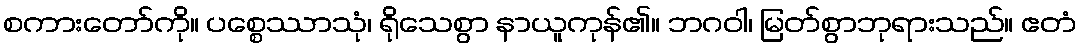
စကားတော်ကို။ ပစ္စေဿာသုံ၊ ရိုသေစွာ နာယူကုန်၏။ ဘဂဝါ၊ မြတ်စွာဘုရားသည်။ ဧတံ